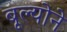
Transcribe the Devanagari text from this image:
बूल्योने